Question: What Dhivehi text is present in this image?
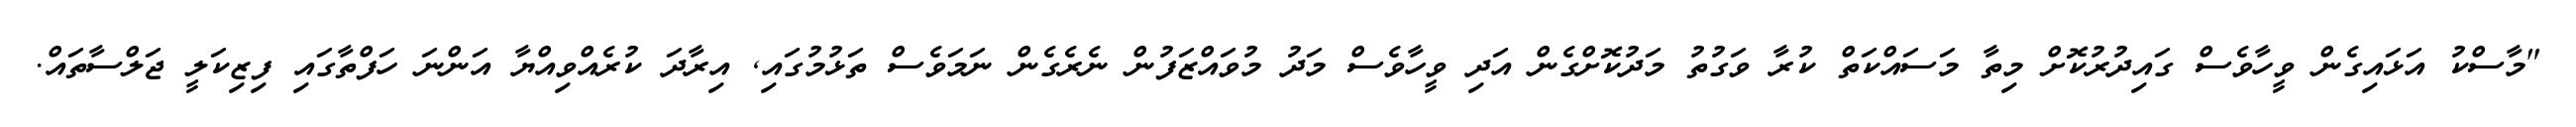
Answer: "މާސްކު އަޅައިގެން ވީހާވެސް ގައިދުރުކޮށް މިތާ މަސައްކަތް ކުރާ ވަގުތު މަދުކޮށްގެން އަދި ވީހާވެސް މަދު މުވައްޒަފުން ނެރެގެން ނަމަވެސް ތަޅުމުގައި, އިރާދަ ކުރެއްވިއްޔާ އަންނަ ހަފްތާގައި ފިޒިކަލީ ޖަލްސާތައް.